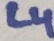
Text: L4